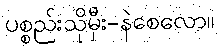
ပစ္စည်းသိုမှီး-နဲစေလော။